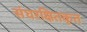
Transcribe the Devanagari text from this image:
संघरक्षितकृत